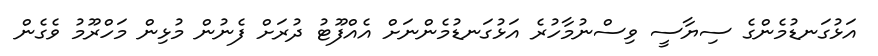
އަޅުގަނޑުމެންގެ ސިޔާސީ ވިސްނުމާހުރެ އަޅުގަނޑުމެންނަށް އެއްފޫޓު ދުރަށް ފެނުން މުޅިން މަހްރޫމު ވެގެން